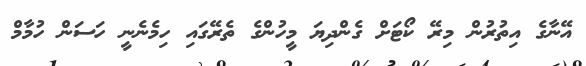
އޭނާގެ އިތުރުން މިރޭ ކޯޓަށް ގެންދިޔަ މީހުންގެ ތެރޭގައި ހިމެނެނީ ހަސަން ހުމާމް